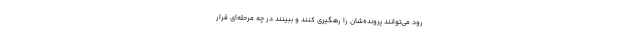
رود می‌توانند پرونده‌شان را رهگیری کنند و ببینند در چه مرحله‌ای قرار